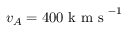
v _ { A } = 4 0 0 \mathrm { ~ k ~ m ~ s ~ } ^ { - 1 }